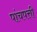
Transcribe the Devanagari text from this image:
पांचपत्ती